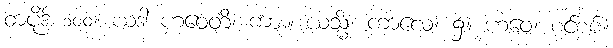
စာပိုဒ် ၁၀၀။ ယဒါ ဟဝေတိ၊ ကား။ ယသ္မိံ၊ ကာလေ၊ ၌။ ဟဝေ၊ စင်စစ်။